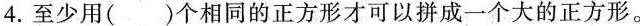
4.至少用（）个相同的正方形才可以拼成一个大的正方形。